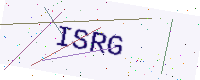
Text: ISRG